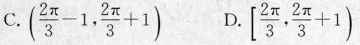
C.$$( \frac { 2 π } { 3 } - 1 , \frac { 2 π } { 3 } + 1 )$$ D.$$[ \frac { 2 π } { 3 } , \frac { 2 π } { 3 } + 1 )$$